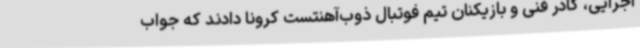
اجرایی، کادر فنی و بازیکنان تیم فوتبال ذوب‌آهنتست کرونا دادند که جواب